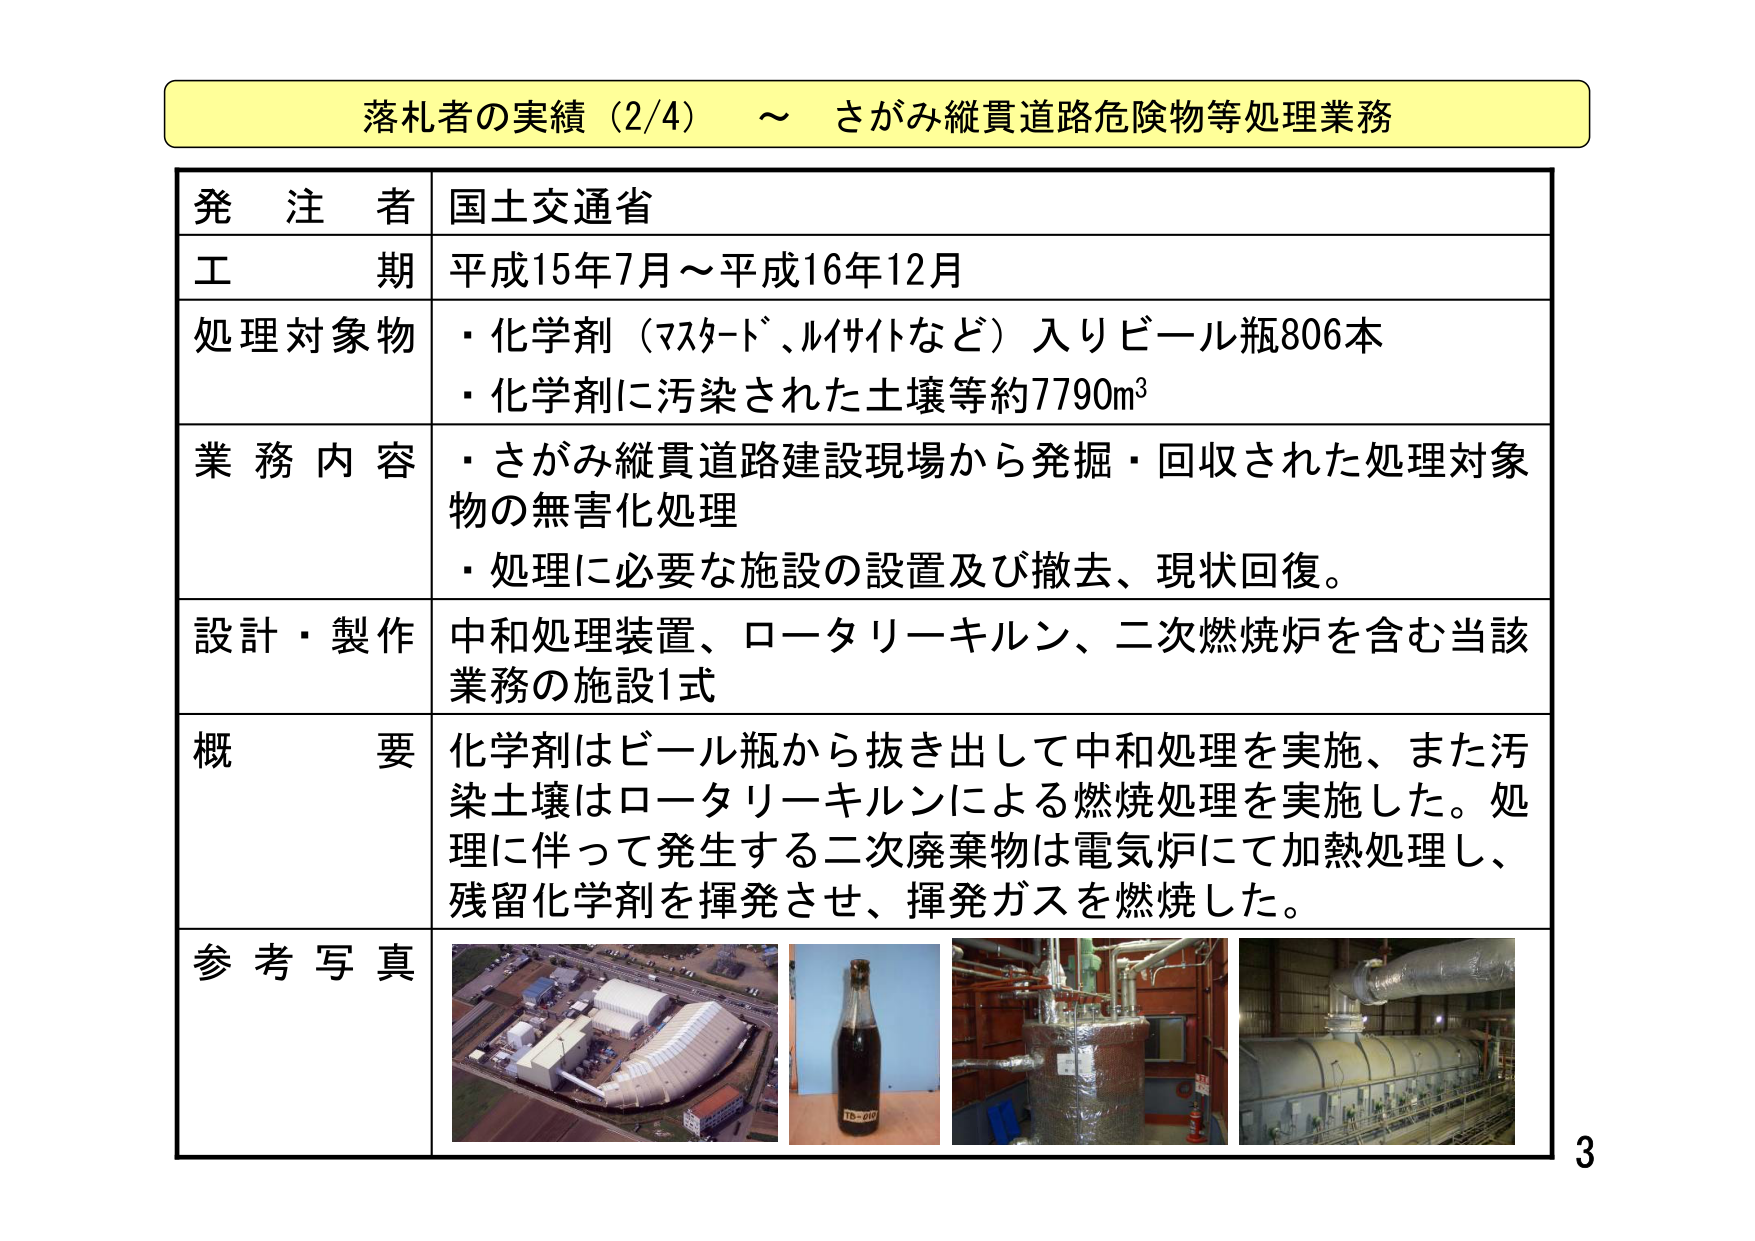
落札者の実績（2/4） ～ さがみ縦貫道路危険物等処理業務

発注者 国土交通省
工期 平成15年7月～平成16年12月
処理対象物
・化学剤（マスタード、ルイサイトなど）入りビール瓶806本
・化学剤に汚染された土壌等約7790m³
業務内容
・さがみ縦貫道路建設現場から発掘・回収された処理対象物の無害化処理
・処理に必要な施設の設置及び撤去、現状回復。
設計・製作 中和処理装置、ロータリーキルン、二次燃焼炉を含む当該業務の施設1式
概要 化学剤はビール瓶から抜き出して中和処理を実施、また汚染土壌はロータリーキルンによる燃焼処理を実施した。処理に伴って発生する二次廃棄物は電気炉にて加熱処理し、残留化学剤を揮発させ、揮発ガスを燃焼した。
参考写真

3